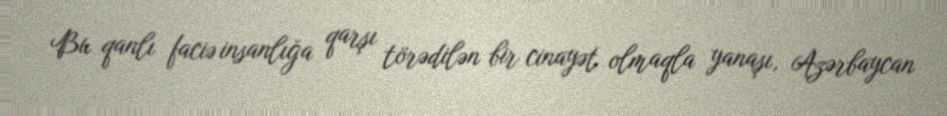
Bu qanlı faciə insanlığa qarşı törədilən bir cinayət olmaqla yanaşı, Azərbaycan